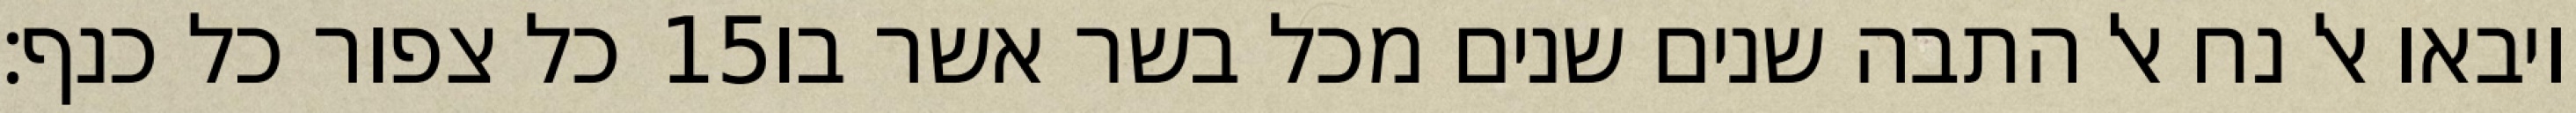
כל צפור כל כנף׃ ‎15‏ ויבאו אל נח אל התבה שנים שנים מכל בשר אשר בו